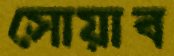
সোয়াব